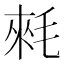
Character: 𣮉